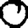
Digit: 0